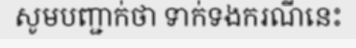
សូមបញ្ជាក់ថា ទាក់ទងករណីនេះ